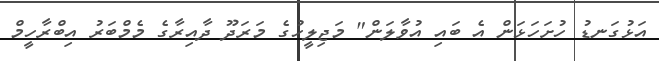
އަޅުގަނޑު ހުށަހަޅަން އެ ބައި އުވާލަން" މަޖިލީހުގެ މަރަދޫ ދާއިރާގެ މެމްބަރު އިބްރާހީމް